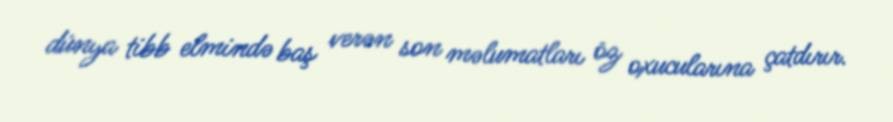
dünya tibb elmində baş verən son məlumatları öz oxucularına çatdırır.